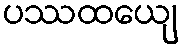
ပဿထယျေ